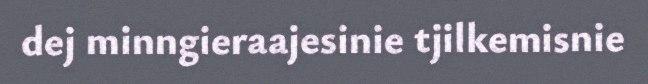
dej minngieraajesinie tjilkemisnie